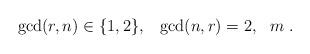
LaTeX: \begin{align*}\gcd(r,n) \in \{1,2\},~~\gcd(n,r)=2,~~m~.\end{align*}